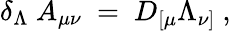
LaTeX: \delta_{\Lambda}~A_{\mu\nu}~=~D_{[\mu}\Lambda_{\nu]}~,